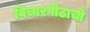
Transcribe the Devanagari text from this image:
विचारपीठाची